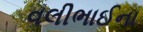
વલીભાઈના